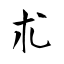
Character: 朮